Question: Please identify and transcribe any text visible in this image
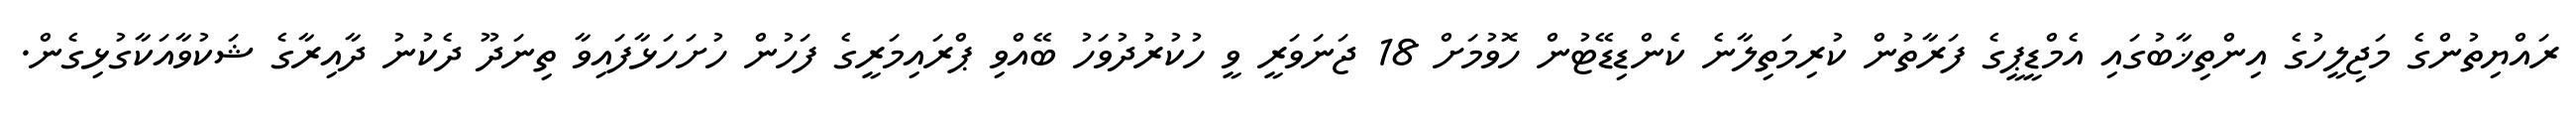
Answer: ރައްޔިތުންގެ މަޖިލީހުގެ އިންތިޚާބުގައި އެމްޑީޕީގެ ފަރާތުން ކުރިމަތިލާނެ ކެންޑިޑޭޓުން ހޮވުމަށް 18 ޖަނަވަރީ ވީ ހުކުރުދުވަހު ބޭއްވި ޕްރައިމަރީގެ ފަހުން ހުށަހަޅާފައިވާ ތިނަދޫ ދެކުނު ދާއިރާގެ ޝަކުވާއަކާގުޅިގެން.